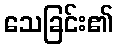
သေခြင်း၏